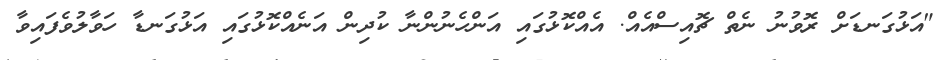
"އަޅުގަނޑަށް ރޮވުނު ނެތް ޗޮއިސްއެއް. އެއްކޮޅުގައި އަންހެނުންނާ ކުދިން އަނެއްކޮޅުގައި އަޅުގަނޑާ ހަވާލުވެފައިވާ